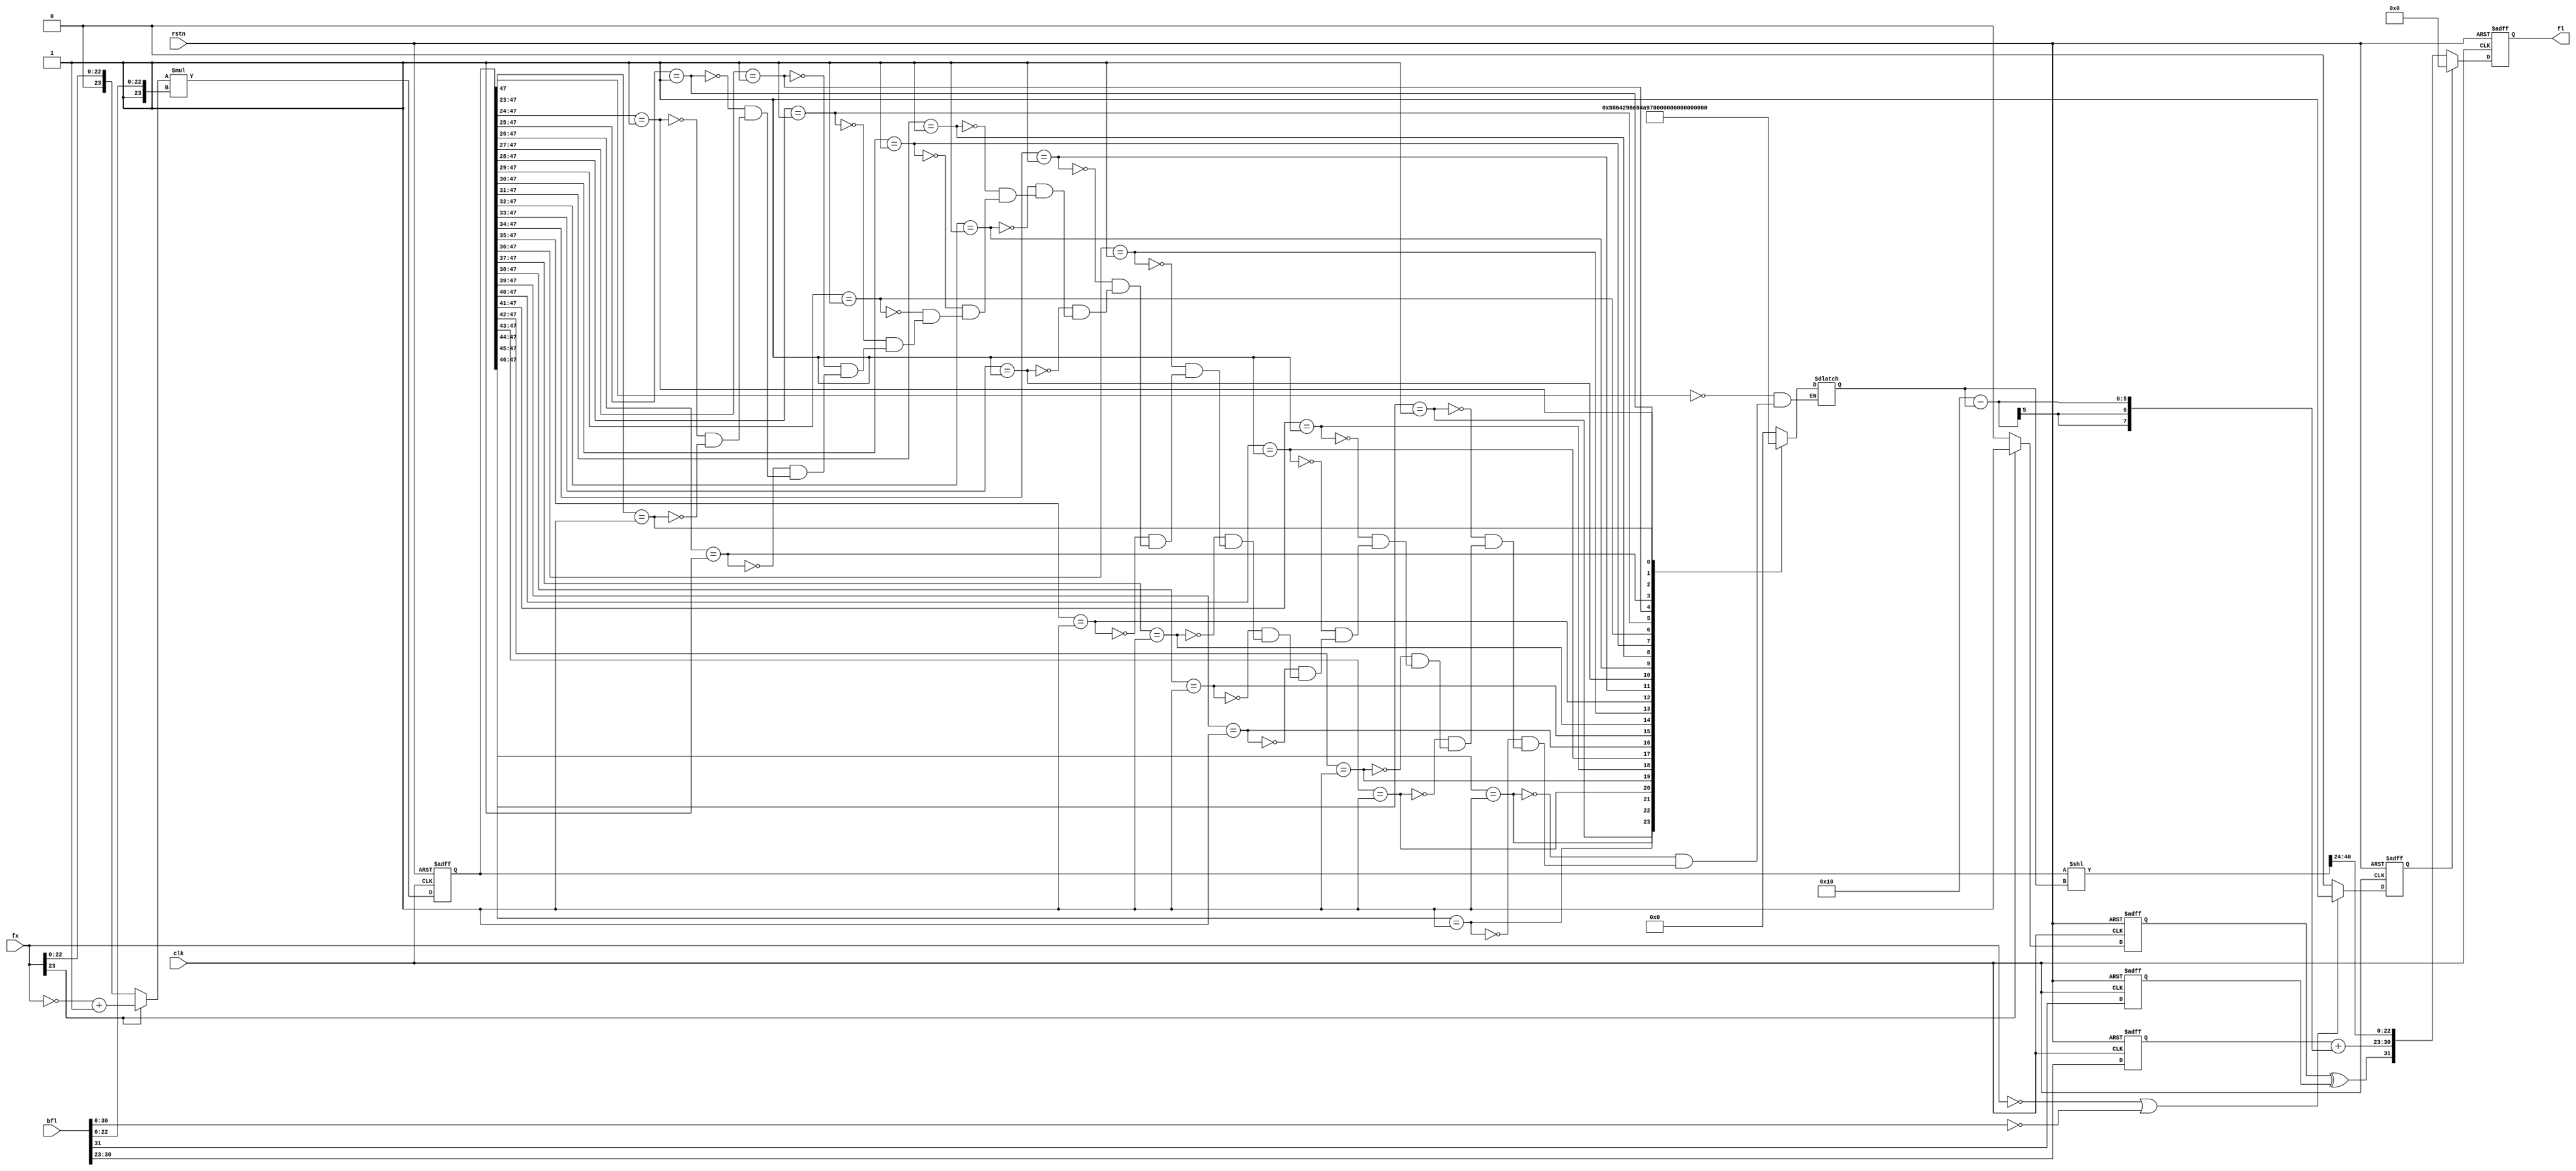
module flt_fx_mult
	(
	input	     	clk,
	input	     	rstn,
	input	[23:0]	fx,
	input	[31:0]	bfl,
	output	reg [31:0]	fl
	);
reg		sfx;		
reg	[23:0]	afx;		
reg	[4:0]	nom_shft_1;	
reg	[47:0]	nmfl_1;		
reg	[47:0]	mfl_1;		
reg		sfx_1;
reg		sbfl_1;
reg	[7:0]	efl_1;		
reg	[7:0]	ebfl_1;		
reg		sfl_1;		
reg		result0;
reg		result0_1;
always @* 
        begin
                if(fx[23]) begin
                                sfx = 1;
                                afx = ~fx + 1;
                end else begin
                                sfx = 0;
                                afx = fx;
                end
		if((fx==0) || (bfl[30:0]==0))result0 = 1;
		else result0 = 0;
        end
always @(posedge clk, negedge rstn) begin
	if(!rstn) begin
		mfl_1     <= 47'h0;
        	sfx_1     <= 1'b0;
		sbfl_1    <= 1'b0;
		ebfl_1    <= 8'h0;
		result0_1 <= 1'b0;
	end else begin
		mfl_1     <= afx * {1'b1,bfl[22:0]};
        	sfx_1     <= sfx;
		sbfl_1    <= bfl[31];
		ebfl_1    <= bfl[30:23];
		result0_1 <= result0;
	end
end
always @* begin
		casex(mfl_1[47:23]) 
		25'b1xxxxxxxxxxxxxxxxxxxxxxxx: nom_shft_1=0;
		25'b01xxxxxxxxxxxxxxxxxxxxxxx: nom_shft_1=1;
		25'b001xxxxxxxxxxxxxxxxxxxxxx: nom_shft_1=2;
		25'b0001xxxxxxxxxxxxxxxxxxxxx: nom_shft_1=3;
		25'b00001xxxxxxxxxxxxxxxxxxxx: nom_shft_1=4;
		25'b000001xxxxxxxxxxxxxxxxxxx: nom_shft_1=5;
		25'b0000001xxxxxxxxxxxxxxxxxx: nom_shft_1=6;
		25'b00000001xxxxxxxxxxxxxxxxx: nom_shft_1=7;
		25'b000000001xxxxxxxxxxxxxxxx: nom_shft_1=8;
		25'b0000000001xxxxxxxxxxxxxxx: nom_shft_1=9;
		25'b00000000001xxxxxxxxxxxxxx: nom_shft_1=10;
		25'b000000000001xxxxxxxxxxxxx: nom_shft_1=11;
		25'b0000000000001xxxxxxxxxxxx: nom_shft_1=12;
		25'b00000000000001xxxxxxxxxxx: nom_shft_1=13;
		25'b000000000000001xxxxxxxxxx: nom_shft_1=14;
		25'b0000000000000001xxxxxxxxx: nom_shft_1=15;
		25'b00000000000000001xxxxxxxx: nom_shft_1=16;
		25'b000000000000000001xxxxxxx: nom_shft_1=17;
		25'b0000000000000000001xxxxxx: nom_shft_1=18;
		25'b00000000000000000001xxxxx: nom_shft_1=19;
		25'b000000000000000000001xxxx: nom_shft_1=20;
		25'b0000000000000000000001xxx: nom_shft_1=21;
		25'b00000000000000000000001xx: nom_shft_1=22;
		25'b000000000000000000000001x: nom_shft_1=23;
		25'b0000000000000000000000001: nom_shft_1=24;
		endcase
	end
always @* sfl_1 = sfx_1 ^ sbfl_1;
always @* efl_1 = ebfl_1 + (8'h10 - nom_shft_1);
always @* nmfl_1 = mfl_1 << nom_shft_1;
always @(posedge clk, negedge rstn)	
	begin
		if(!rstn) fl <= 32'h0;
		else if(result0_1) fl <= 32'h0;
		else fl <= {sfl_1,efl_1,nmfl_1[46:24]};
	end
endmodule